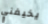
يخيفني